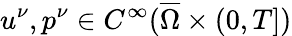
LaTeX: u^{\nu},p^{\nu}\in C^{\infty}(\overline{\Omega}\times(0,T])